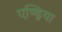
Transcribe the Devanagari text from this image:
एण्ड्रिया